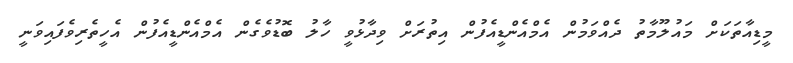
މީޑިއާތަކަށް މައުލޫމާތު ދެއްވަމުން އެމްއެންޑީއެފުން އިތުރަށް ވިދާޅުވީ ހާލު ބޮޑުވެގެން އެމްއެންޑީއެފުން އެހީތެރިވެފައިވަނީ